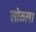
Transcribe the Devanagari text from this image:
सोळला